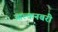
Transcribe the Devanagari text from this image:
आल्कनबरी